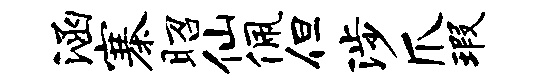
涵寨昭仙佩但涉爪瑕